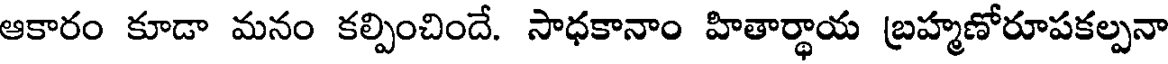
ఆకారం కూడా మనం కల్పించిందే. సాధకానాం హితార్థాయ బ్రహ్మణోరూపకల్పనా